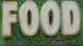
FOOD